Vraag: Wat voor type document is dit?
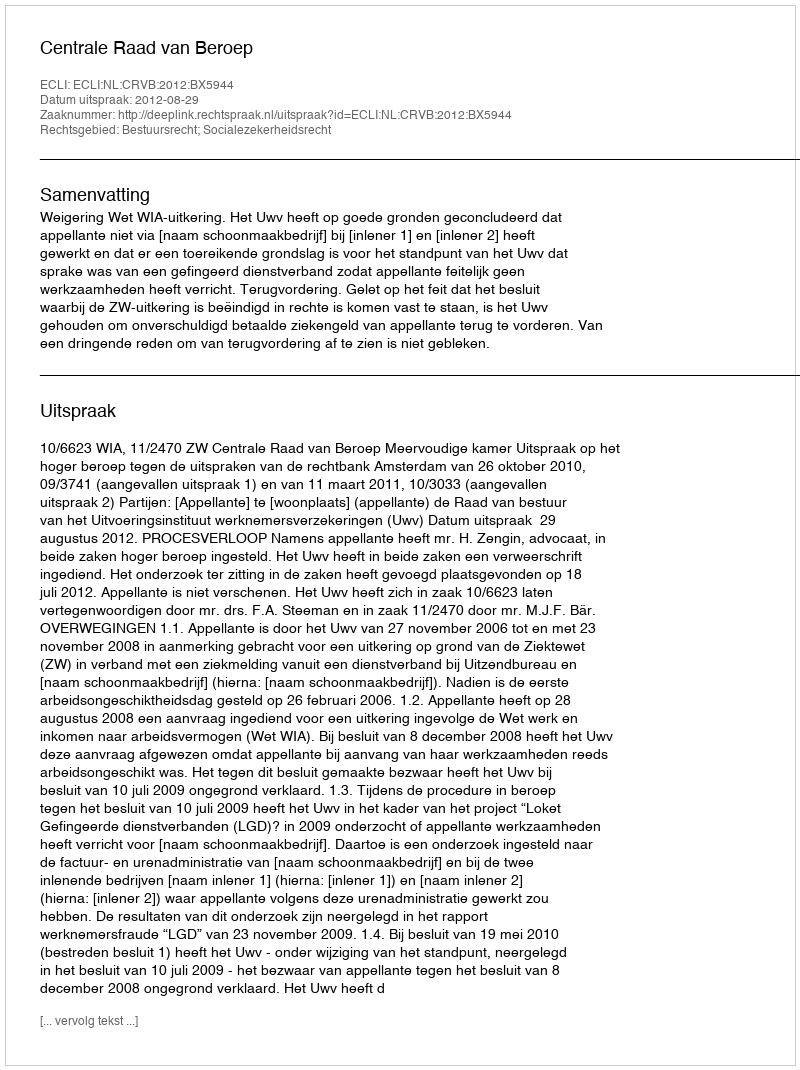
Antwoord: Uitspraak